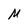
Character: M